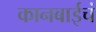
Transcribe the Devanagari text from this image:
कानबाईचं